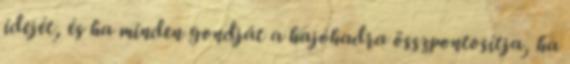
idejét, és ha minden gondját a hajóhadra összpontosítja, ha